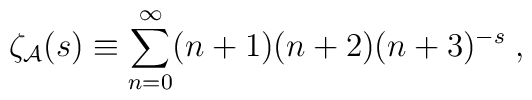
\zeta_{\cal A}(s) \equiv \sum_{n=0}^{\infty}(n+1)(n+2)(n+3)^{-s} \; ,